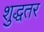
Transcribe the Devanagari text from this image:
शुद्धतर